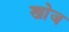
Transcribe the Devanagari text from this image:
खाेज